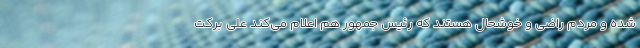
شده و مردم راضی و خوشحال هستند که رئیس جمهور هم اعلام می‌کند علی برکت